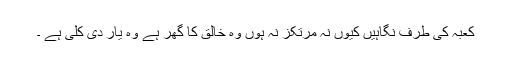
کعبہ کی طرف نگاہیں کیوں نہ مرتکز نہ ہوں وہ خالق کا گھر ہے وہ یار دی کلی ہے ۔